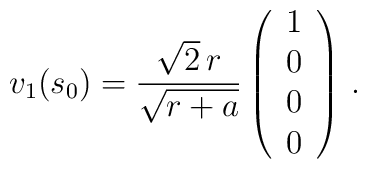
v_1(s_0)  =  {\sqrt{2}\,r \over \sqrt{r+a} }   \left(\begin{array}{c}1\\0\\0\\0\end{array}\right) \, .